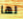
لها